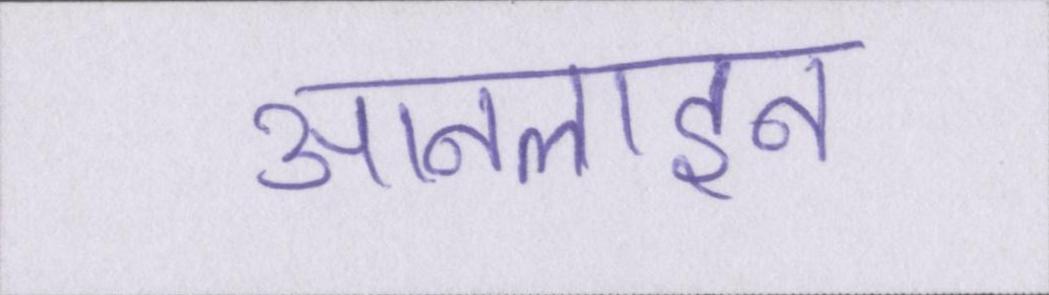
आनलाइन